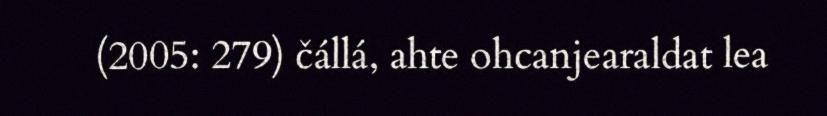
(2005: 279) čállá, ahte ohcanjearaldat lea